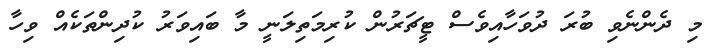
މި ދެންނެވި ބުރަ ދުވަހާއިވެސް ޓީޗަރުން ކުރިމަތިލަނީ މާ ބައިވަރު ކުދިންތަކެއް ވިހާ